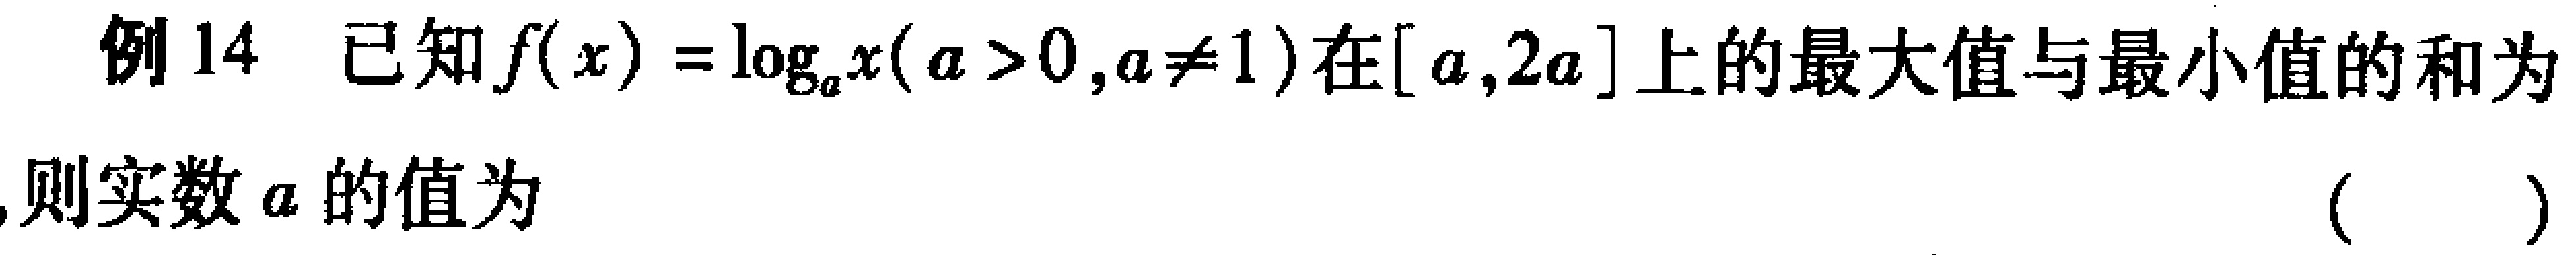
例14 已知\(f(x)=\log_{a}x(a > 0,a\neq1)\)在\([a,2a]\)上的最大值与最小值的和为 ，则实数\(a\)的值为 （ ）